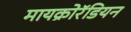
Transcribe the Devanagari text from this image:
मायक्रोरॅडियन